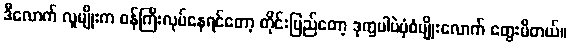
ဒီလောက် လူမျိုးက ဝန်ကြီးလုပ်နေရင်တော့ တိုင်းပြည်တော့ ဒုက္ခပါပဲပုံစံမျိုးလောက် တွေးမိတယ်။